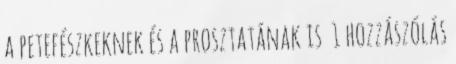
a petefészkeknek és a prosztatának is 1 hozzászólás